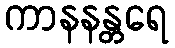
ကာနနန္တရေ